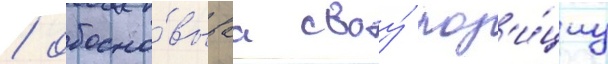
/ обосно́вываа своу́ поз'и́циу